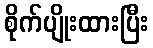
စိုက်ပျိုးထားပြီး